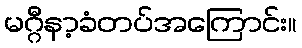
မဂ္ဂီနာ့ခံတပ်အကြောင်း။